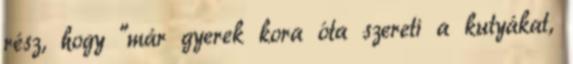
rész, hogy "már gyerek kora óta szereti a kutyákat,